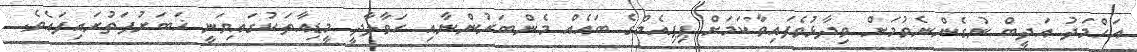
އަހްމަދު އަދީބް ނުގެންނެވުމަށް ވިދާޅުވެފައިވާކަމަށް ޕިޕިއެމްގެ ބައެއް މެންބަރުންނާއި ހަވާލާދީ މީޑިއާތަކުގައިވަނީ ޚަބަރުފަތުރައިފައެވެ.